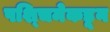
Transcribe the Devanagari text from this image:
पश्‍चिमेकडून